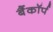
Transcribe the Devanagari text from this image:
बैंकॉर्प